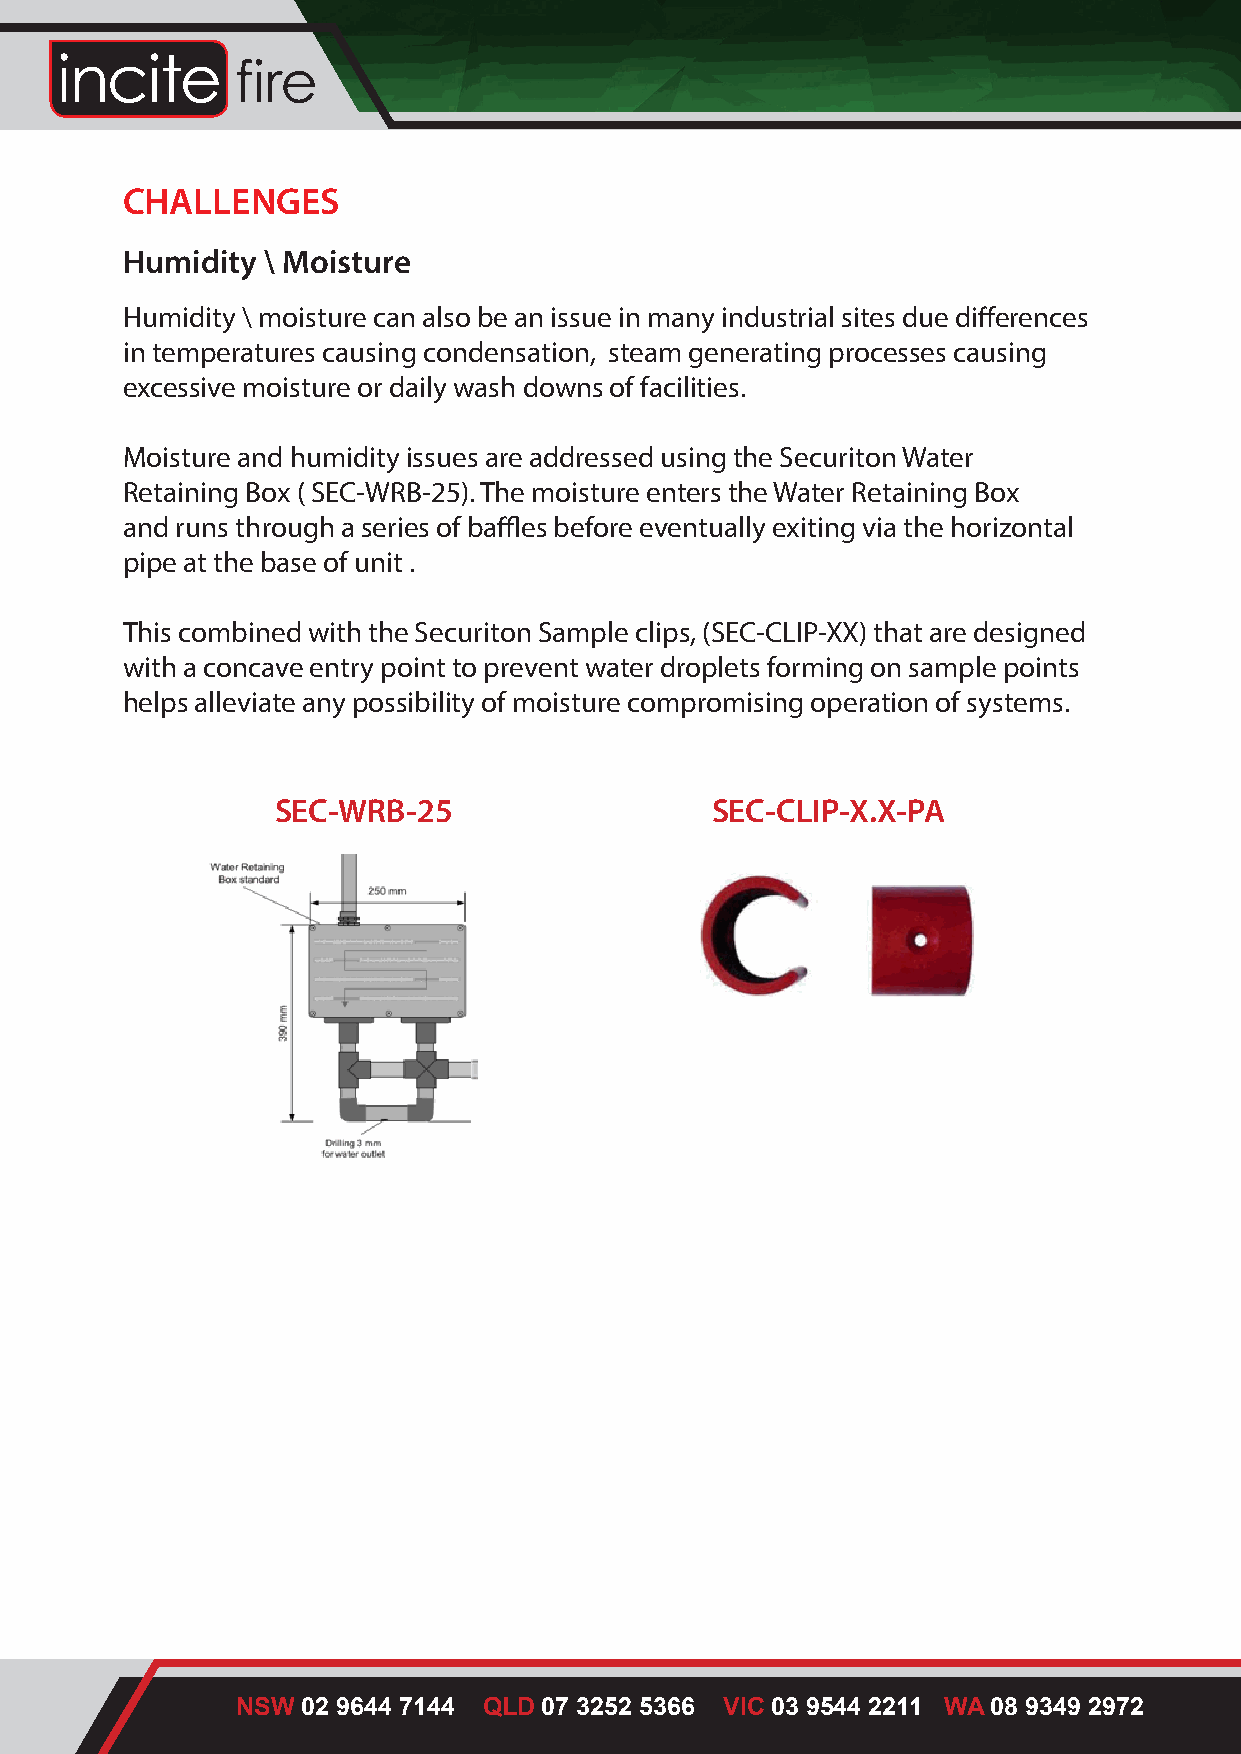
Harsh     Environment         - Challenges
 ChallengeCsHALLENGES
 Humidity  \ Moisture
 Humidity / Moisture
 Humidity \ moisture can also be an issue in many industrial sites due differences
 in temperatures causing condensation, steam generating processes causing
 Humidity / moisture can also be an issue in many industrial sites due differences in
 excessive moisture or daily wash downs of facilities.
 temperatures causing condensation, steam generating processes causing excessive
 moisture or daily wash downs of facilities.
 Moisture and humidity issues are addressed using the Securiton Water
 Retaining Box ( SEC-WRB-25). The moisture enters the Water Retaining Box
 Moisture and humidity issues are addressed using the Securiton Water Retaining Box (
 and runs through a series of baffles before eventually exiting via the horizontal
 SEC-WRB-25) . The moisture enters the Water Retaining Box and runs through a series of
 pipe at the base of unit .
 baffles before eventually exiting via the horizontal pipe at the base of unit .
 This combined with the Securiton Sample clips, (SEC-CLIP-XX) that are designed
 This combined wwiitthh at hcoen Scaevceu ernittoryn pSoianmt tpo lper ecvliepnst w(SatEeCr d-rCoLplIePts- XfoXrm) tinhga to na rseam dpelse ipgonientds with a
 helps alleviate any possibility of moisture compromising operation of systems.
 concave entry point to prevent water droplets forming on sample points helps alleviate any
 possibility of moisture compromising operation of systems.
 SEC-WRB-25                   SEC-CLIP-X.X-PA
 SEC-CLIP-X.X-PA
 SEC-WRB-25
 NSW 02 9644 7144 QLD 07 3252 5366 VIC 03 9544 2211 WA 08 9349 2972